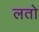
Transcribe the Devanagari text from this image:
लतो